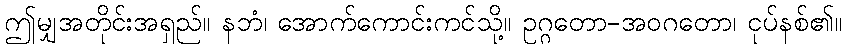
ဤမျှအတိုင်းအရှည်။ နဘံ၊ အောက်ကောင်းကင်သို့။ ဥဂ္ဂတော-အဝဂတော၊ ငုပ်နစ်၏။